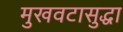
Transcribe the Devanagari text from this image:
मुखवटासुद्धा